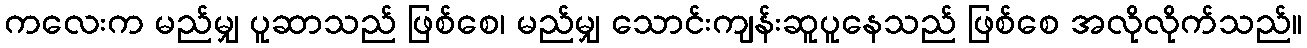
ကလေးက မည်မျှ ပူဆာသည် ဖြစ်စေ၊ မည်မျှ သောင်းကျန်းဆူပူနေသည် ဖြစ်စေ အလိုလိုက်သည်။